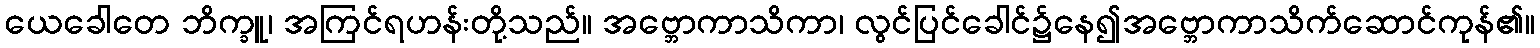
ယေခေါတေ ဘိက္ခူ၊ အကြင်ရဟန်းတို့သည်။ အဗ္ဘောကာသိကာ၊ လွင်ပြင်ခေါင်၌နေ၍အဗ္ဘောကာသိက်ဆောင်ကုန်၏။